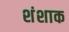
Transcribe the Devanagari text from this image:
शंशाक